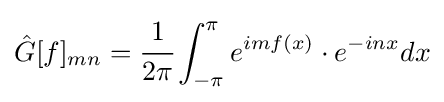
{\hat {G}}[f]_{mn}={\cfrac {1}{2\pi }}\int _{-\pi }^{\pi }\displaystyle e^{imf(x)}\cdot e^{-inx}dx